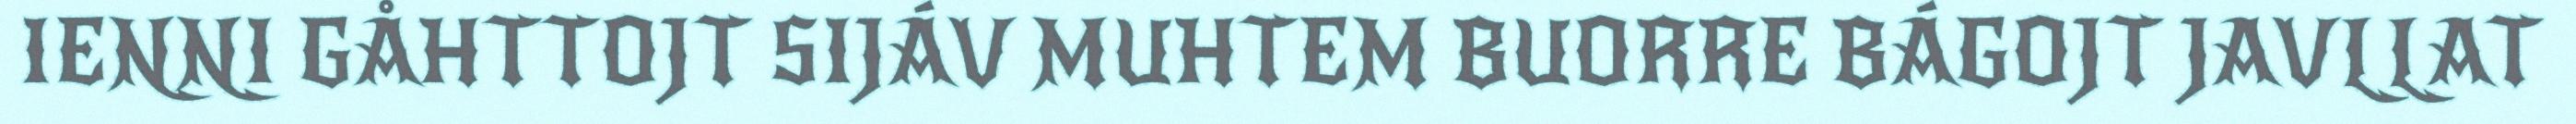
IENNI GÅHTTOJT SIJÁV MUHTEM BUORRE BÁGOJT JAVLLAT